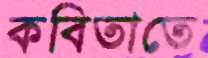
কবিতাতে